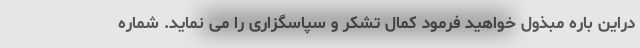
دراین باره مبذول خواهید فرمود کمال تشکر و سپاسگزاری را می نماید. شماره